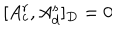
[ A _ { c } ^ { r } , A _ { d } ^ { s } ] _ { D } = 0